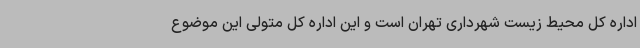
اداره کل محیط زیست شهرداری تهران است و این اداره کل متولی این موضوع